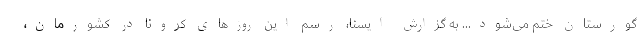
گورستان ختم می‌شود... به گزارش ایسنا، رسم این روزهای کرونا در کشورمان،